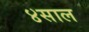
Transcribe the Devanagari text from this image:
४साल